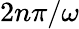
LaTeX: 2n\pi/\omega